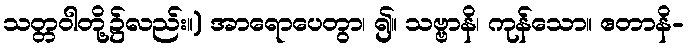
သတ္တဝါတို့၌လည်း။) အာရောပေတွာ၊ ၍။ သဗ္ဗာနိ၊ ကုန်သော။ ဧတာနိ-